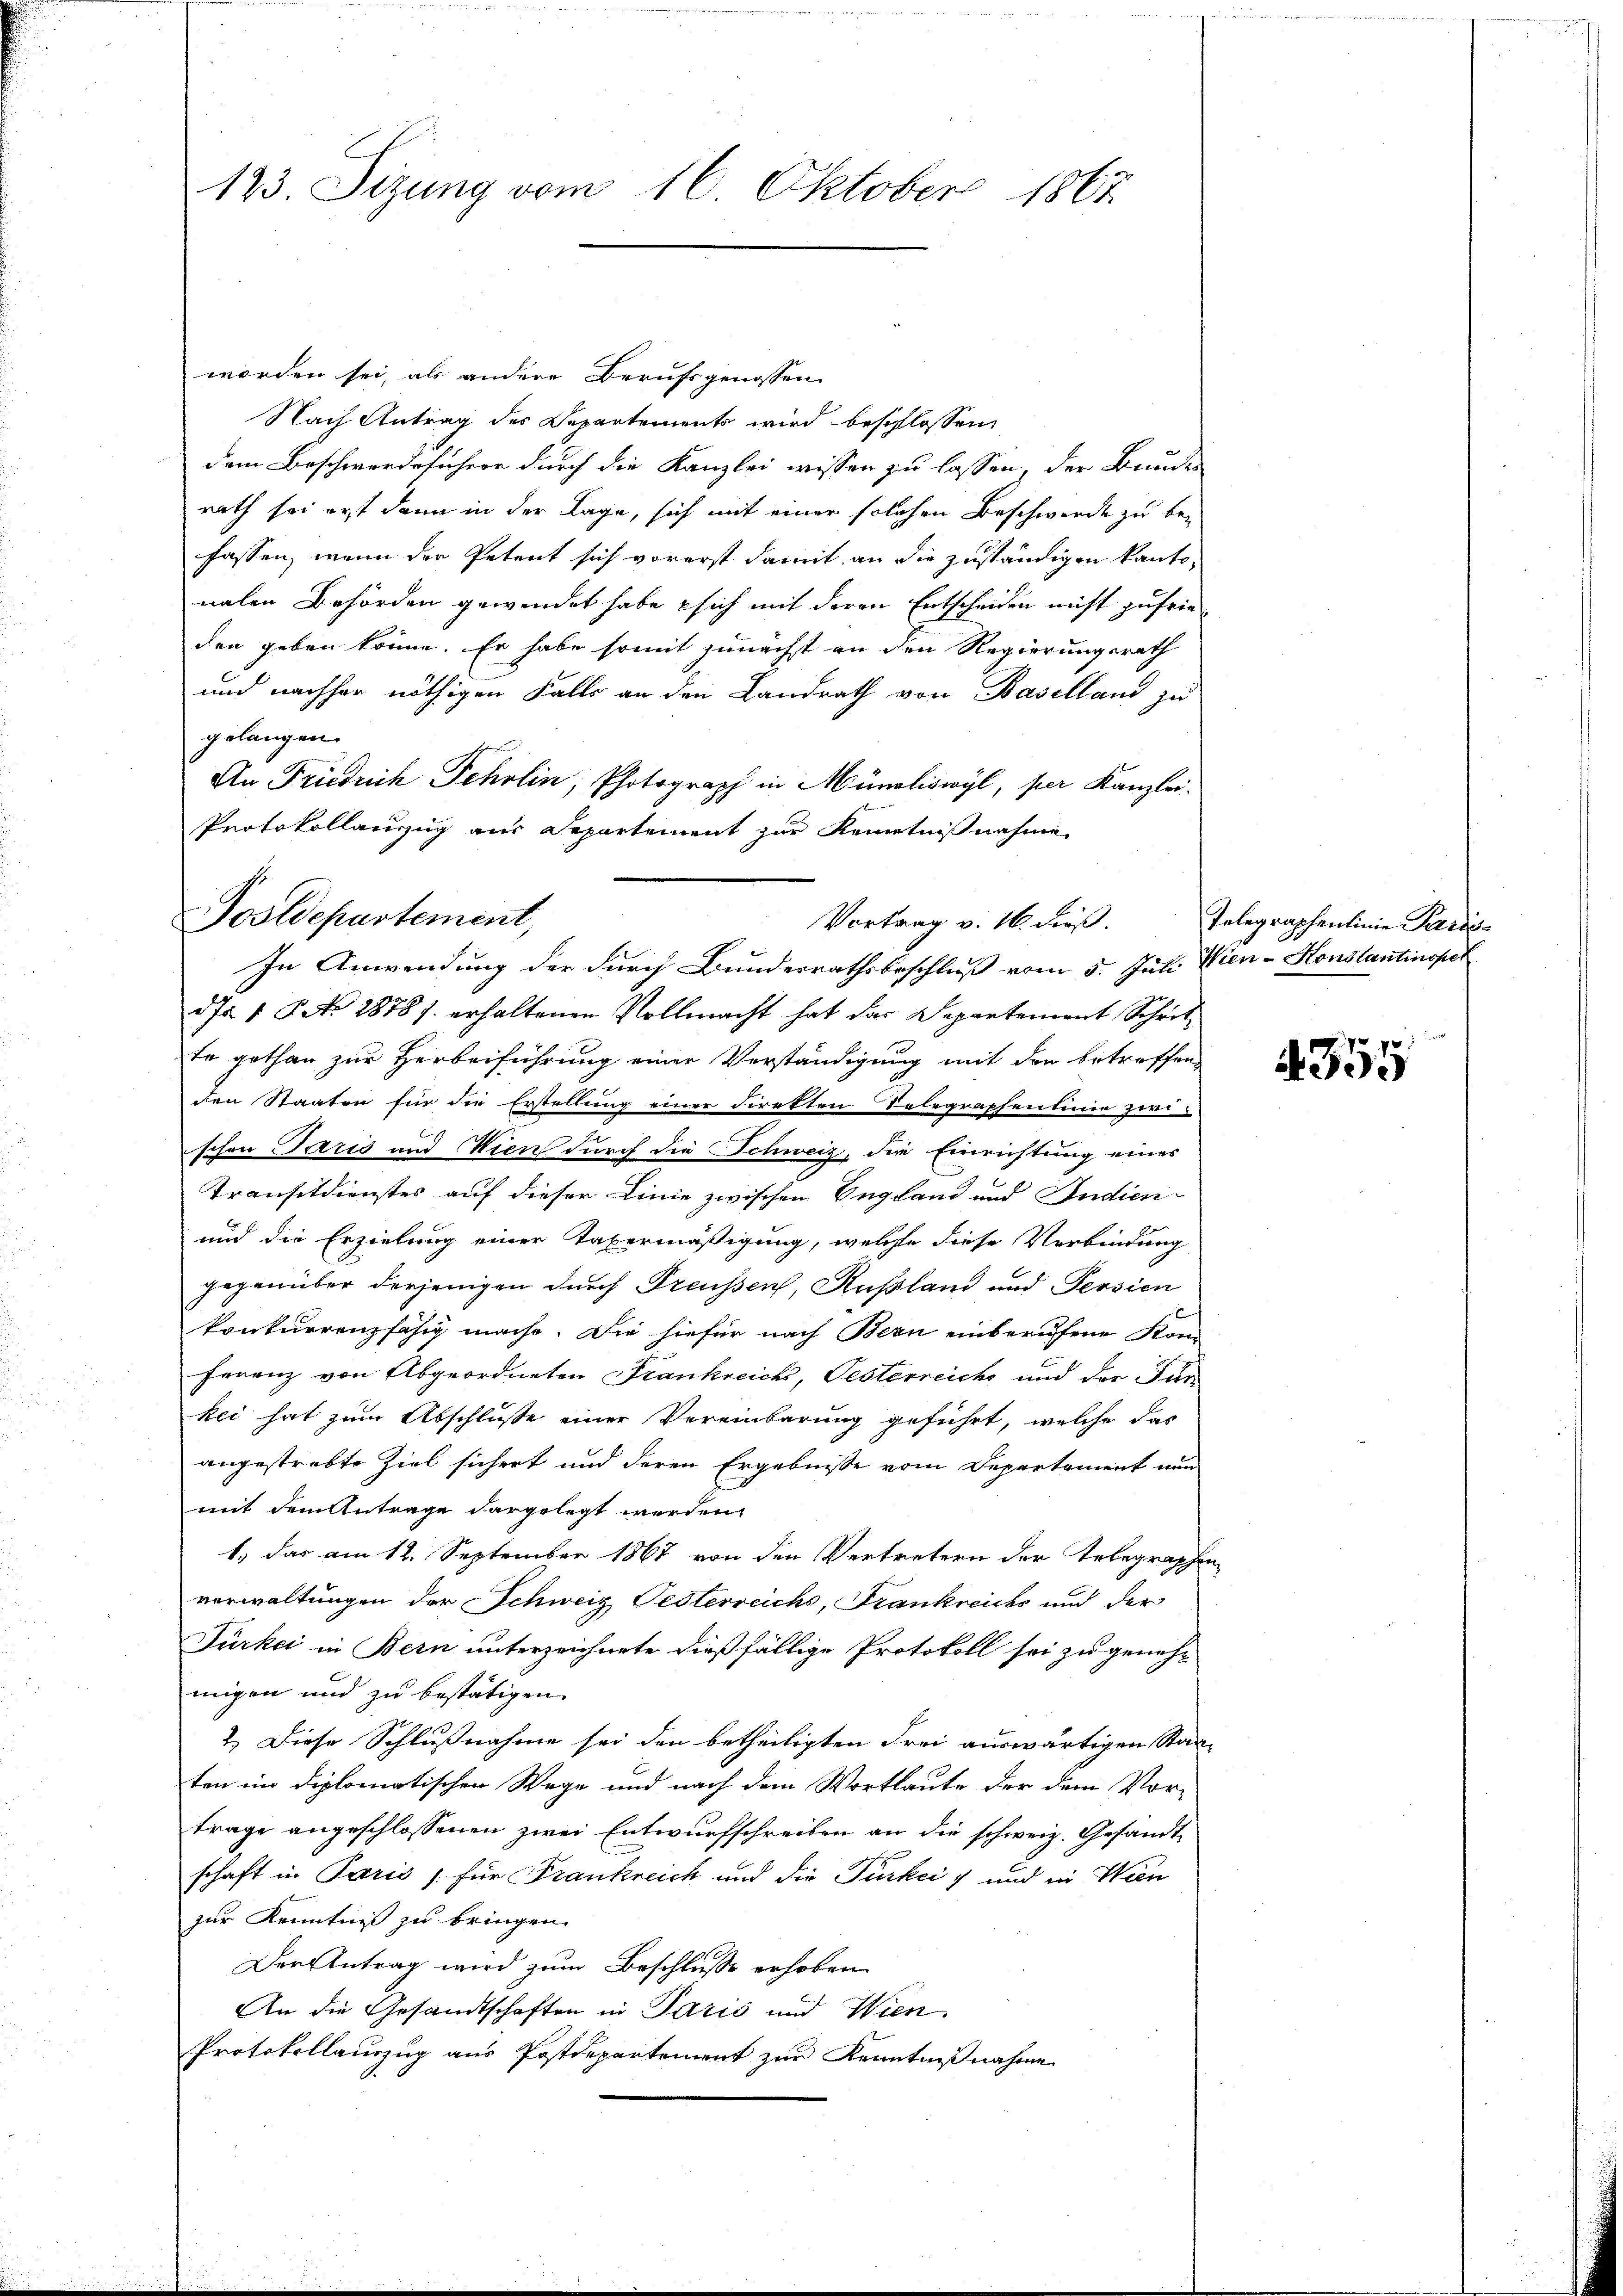
123. Sizung vom 16. Oktober 1867

worden sei, als andere Berufsgenossen
Nach Antrag des Departements wird beschlossen,
dem Beschwerdeführer durch die Kanzlei wissen zu lassen, der Bundes
rath sei erst dann in der Lage, sich mit einer solchen Beschwerde zu befassen, wenn der Petent sich vorerst damit an die zuständigen kantonalen Behörden gewendet habe sich mit deren Entscheiden nicht zufrieden geben könne. Er habe somit zunächst an den Regierungsrath
und nachher nöthigen Falls an den Landrath von Baselland zu
gelangen.
An Friedrich Fehrlin, Photograph in Mündliswyl, per Kanzlei¬
Protokollanzug am Departement zur Kenntniß nehme
da 1 No 1878 s. erhaltenen Vollmacht hat das Departement Schrit
te gethan zur Herbeiführung einer Verständigung mit den betreffen
den Staaten für die Erstellung einer diretten Selegraphenlinie zwi-
schen Paris und Wien durch die Schweiz, die Einrichtung eines
Transitdienstes auf dieser Linie zwischen England und Indien-
und die Erzielung einer Tabermäßigung, welche diese Verbindung
gegenüber derjenigen durch Preussen, Rußland und Persien
konkurrenzfähig mache. Die hiefür nach Bern einberufene Kom
Ferenz von Abgeordneten Frankreich, Gesterreichs und der Für-
kei hat zum Abschlusse einer Vereinbarung geführt, welche das
angestrebte Ziel sichert und deren Ergebnisse vom Departement nun
mit dem Antrage dargelegt werden.
1.) das am 12. September 1867 von den Vertretern der Telegraphen
verwaltungen der Schweiz Pesterreichs, Frankreichs und der
Türkei in Bern unterzeichnete dießfällige Protokoll sei zu genehmigen und zu bestätigen.
2.) Diese Schlußnahme sei den betheiligten Frei auswärtigen Stanten im diplomatischen Wege und nach dem Wortlaute der dem Vor-
trage angeschlossenen zwei Entwurfschreiben an die schweiz. Gesandt-
schaft in Paris für Frankreich und die Türkei) und in Wen
zur Kenntniß zu bringen.
Der Antrag wird zum Beschlusse erhoben
An die Gesandtschaften in Paris und Wien.
Protokollauszug aus Postdepartement zur Kenntnißnahme

Postdepartement,
Vortrag v. 16. dieß.
In Anwendung der durch Bunderrathsbeschluß vom 5. Juli Vien-Honstantinopel

Telegraphenlinie Paris

2

A 355